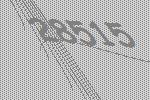
28515